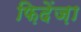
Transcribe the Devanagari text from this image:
फ़िदेंज़ा